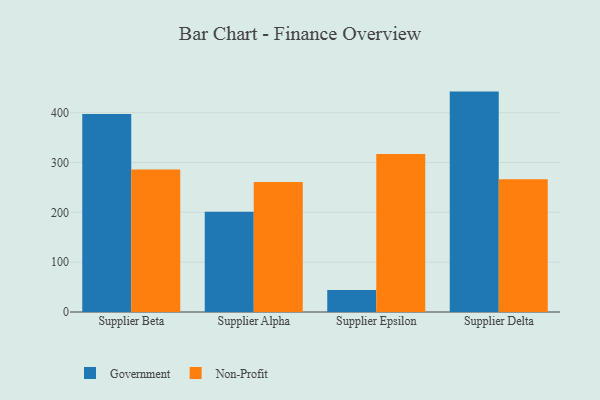
{"axis": {"x": "Supplier", "y": "Production Output"}, "legend": ["Government", "Non-Profit"], "data": [{"x": "Supplier Beta", "y": 397.2, "type": "Government"}, {"x": "Supplier Beta", "y": 285.9, "type": "Non-Profit"}, {"x": "Supplier Alpha", "y": 201.4, "type": "Government"}, {"x": "Supplier Alpha", "y": 261.0, "type": "Non-Profit"}, {"x": "Supplier Epsilon", "y": 44.4, "type": "Government"}, {"x": "Supplier Epsilon", "y": 317.0, "type": "Non-Profit"}, {"x": "Supplier Delta", "y": 442.3, "type": "Government"}, {"x": "Supplier Delta", "y": 266.4, "type": "Non-Profit"}]}